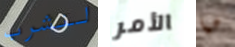
لنشرب الأمر هيا